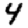
Digit: 4